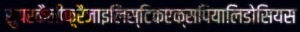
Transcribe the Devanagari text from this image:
सुपरकैलीफ़्रैजाइलिस्टिकएक्सपियालिडोसियस